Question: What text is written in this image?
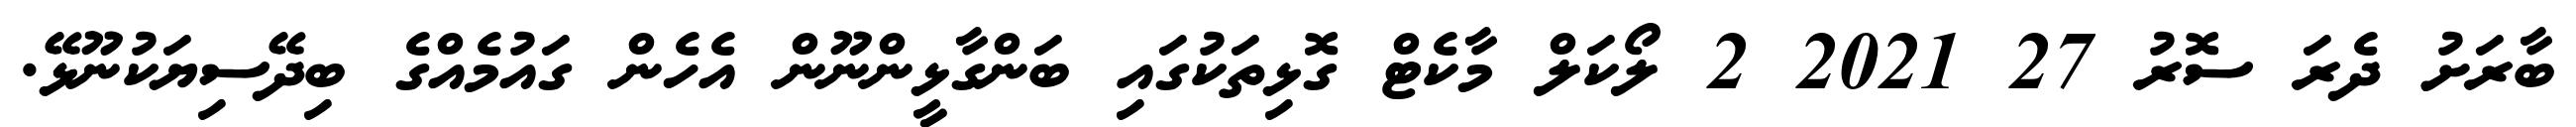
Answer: ބާރަށު ދެރަ ސޮރު 27 2021 2 ލޯކަލް މާކެޓް ގޮޅިތަކުގައި ބަންގާޅީންނޫން އެހެން ގައުމެއްގެ ބިދޭސިޔަކުނޫޅޭ.